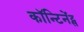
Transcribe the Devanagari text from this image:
कॉन्टिनेंट्स